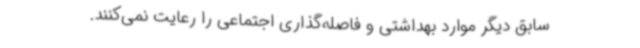
سابق دیگر موارد بهداشتی و فاصله‌گذاری اجتماعی را رعایت نمی‌کنند.